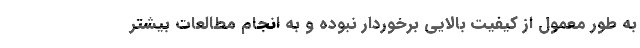
به طور معمول از کیفیت بالایی برخوردار نبوده و به انجام مطالعات بیشتر